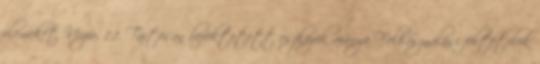
elemeket Verzio. 1.1. Tartósan befektetett eszközök aránya Felhasználási feltételek